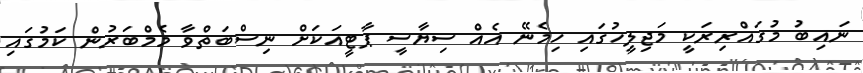
ނައިބު މުގައްރިރަކީ މަޖިލީހުގައި ހިމެނޭ އެއް ސިޔާސީ ޕާޓީއަކަށް ނިސްބަތްވާ މެމްބަރުން ކަމުގައި